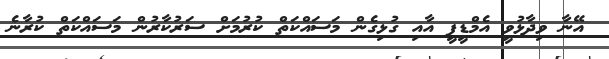
އޭނާ ވިދާޅުވީ އެމްޑީޕީ އާއި ގުޅިގެން މަސައްކަތް ކުރުމަށް ސަރުކާރުން މަސައްކަތް ކުރާނެ